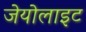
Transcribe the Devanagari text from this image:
जेयोलाइट